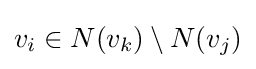
v_{i}\in N(v_{k})\setminus N(v_{j})